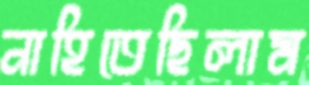
নাহিতেছিলাম